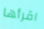
اقرأها